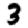
Digit: 3